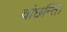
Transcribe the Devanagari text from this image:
वांछन्ति।